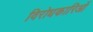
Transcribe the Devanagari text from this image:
विरोधकारिओं